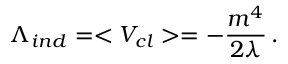
\Lambda _ { i n d } = < V _ { c l } > = - \frac { m ^ { 4 } } { 2 \lambda } \, .